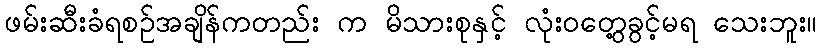
ဖမ်းဆီးခံရစဉ်အချိန်ကတည်း က မိသားစုနှင့် လုံးဝတွေ့ခွင့်မရ သေးဘူး။